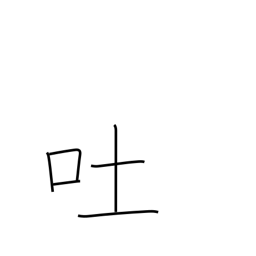
Meaning: vomit